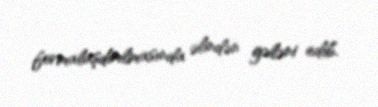
formalaşdırılmasında əlindən gələni edib.